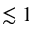
\lesssim 1